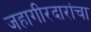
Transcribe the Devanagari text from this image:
जहागीरदारांचा